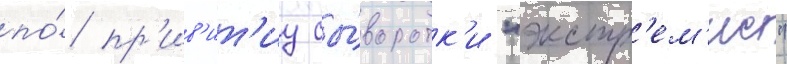
по́ пр'ив'ит'иу сы́воротк'и "экстр'ем'ис"